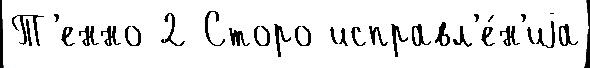
Т'енно 2 Сторо исправл'е́н'иjа